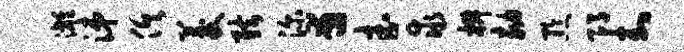
漓涕俱菱弦深甫武求椒劾黔邛封